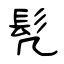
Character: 髠